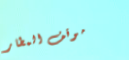
موقف المطار